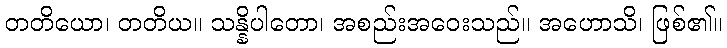
တတိယော၊ တတိယ။ သန္နိပါတော၊ အစည်းအဝေးသည်။ အဟောသိ၊ ဖြစ်၏။